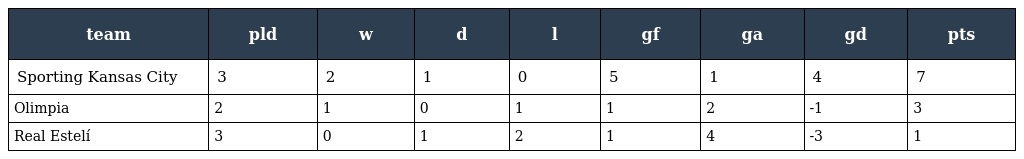
| team | pld | w | d | l | gf | ga | gd | pts |
 | --- | --- | --- | --- | --- | --- | --- | --- | --- |
 | Sporting Kansas City | 3 | 2 | 1 | 0 | 5 | 1 | 4 | 7 |
 | Olimpia | 2 | 1 | 0 | 1 | 1 | 2 | -1 | 3 |
 | Real Estelí | 3 | 0 | 1 | 2 | 1 | 4 | -3 | 1 |